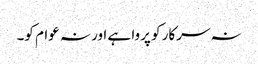
نہ سرکار کو پروا ہے اور نہ عوام کو۔